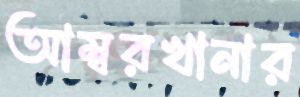
আম্বরখানার